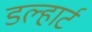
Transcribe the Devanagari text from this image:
डल्हार्ट